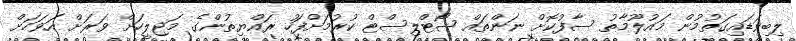
ލިބިވަޑައިގަތުމުން މައުލޫމާތު ސާފުކޮށް ނަންތައް ޝޯޓްލިސްޓް ކުރުމަށްފަހު ރައްޔިތުންގެ މަޖިލީހަށް ވަރަށް އަވަހަށް